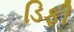
ડિફી